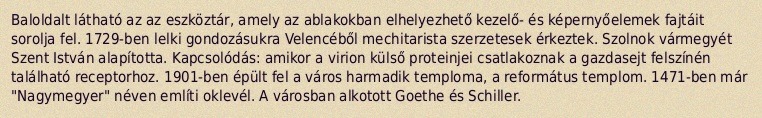
Baloldalt látható az az eszköztár, amely az ablakokban elhelyezhető kezelő- és képernyőelemek fajtáit sorolja fel. 1729-ben lelki gondozásukra Velencéből mechitarista szerzetesek érkeztek. Szolnok vármegyét Szent István alapította. Kapcsolódás: amikor a virion külső proteinjei csatlakoznak a gazdasejt felszínén található receptorhoz. 1901-ben épült fel a város harmadik temploma, a református templom. 1471-ben már "Nagymegyer" néven említi oklevél. A városban alkotott Goethe és Schiller.